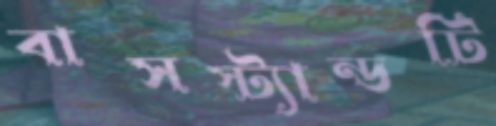
বাসস্ট্যান্ডটি